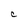
Character: C